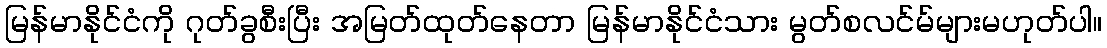
မြန်မာနိုင်ငံကို ဂုတ်ခွစီးပြီး အမြတ်ထုတ်နေတာ မြန်မာနိုင်ငံသား မွတ်စလင်မ်များမဟုတ်ပါ။